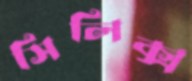
সিলিক্স